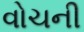
વોચની